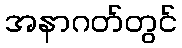
အနာဂတ်တွင်